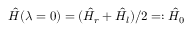
\hat { H } ( \lambda = 0 ) = ( \hat { H } _ { r } + \hat { H } _ { l } ) / 2 = : \hat { H } _ { 0 }